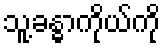
သူ့ခန္ဓာကိုယ်ကို